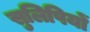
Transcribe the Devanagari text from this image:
सुलिपियों